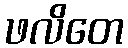
ဖလိတေ